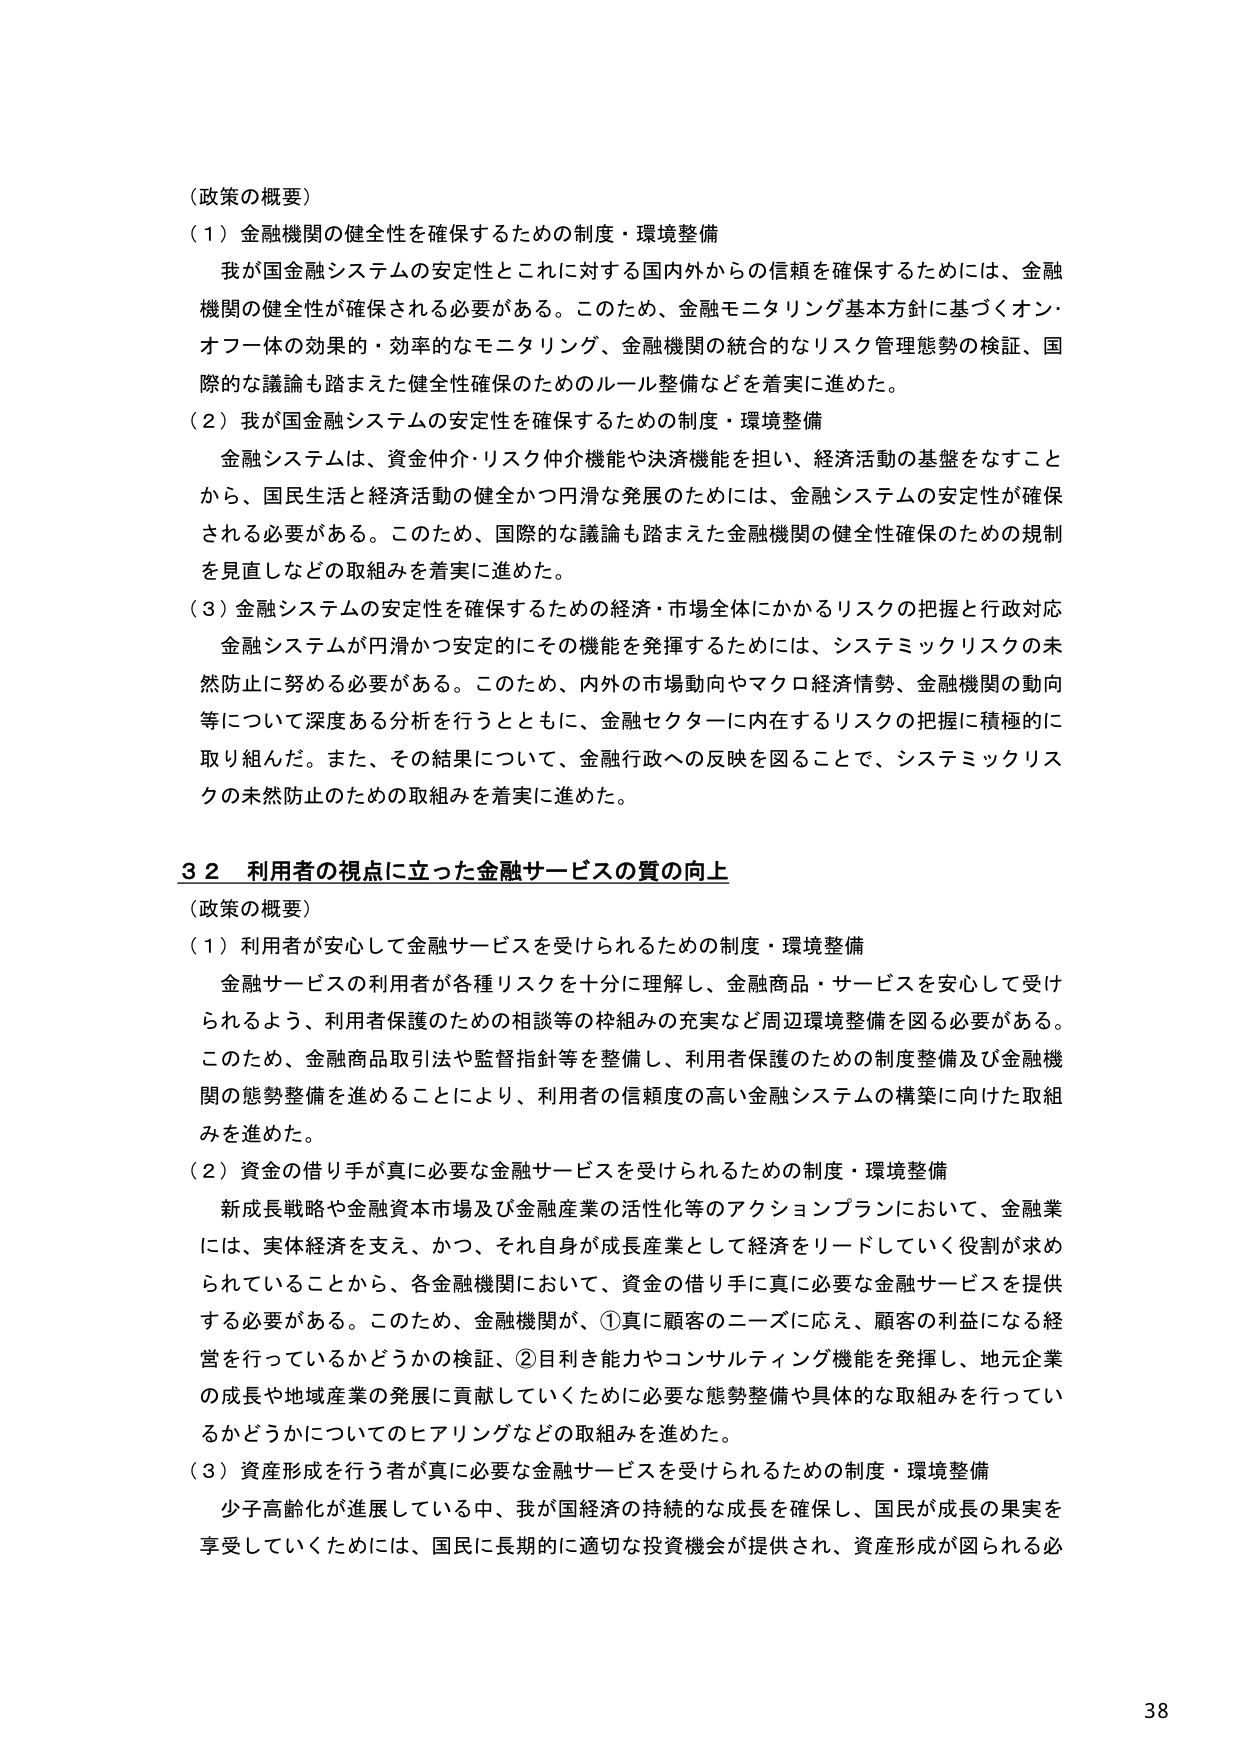
（政策の概要）
（１）金融機関の健全性を確保するための制度・環境整備
我が国金融システムの安定性とこれに対する国内外からの信頼を確保するためには、金融機関の健全性が確保される必要がある。このため、金融モニタリング基本方針に基づくオン・オフ一体の効果的・効率的なモニタリング、金融機関の統合的なリスク管理態勢の検証、国際的な議論も踏まえた健全性確保のためのルール整備などを着実に進めた。
（２）我が国金融システムの安定性を確保するための制度・環境整備
金融システムは、資金仲介・リスク仲介機能や決済機能を担い、経済活動の基盤をなすことから、国民生活と経済活動の健全かつ円滑な発展のためには、金融システムの安定性が確保される必要がある。このため、国際的な議論も踏まえた金融機関の健全性確保のための規制を見直しなどの取組みを着実に進めた。
（３）金融システムの安定性を確保するための経済・市場全体にかかるリスクの把握と行政対応
金融システムが円滑かつ安定的にその機能を発揮するためには、システミックリスクの未然防止に努める必要がある。このため、内外の市場動向やマクロ経済情勢、金融機関の動向等について深度ある分析を行うとともに、金融セクターに内在するリスクの把握に積極的に取り組んだ。また、その結果について、金融行政への反映を図ることで、システミックリスクの未然防止のための取組みを着実に進めた。

３２ 利用者の視点に立った金融サービスの質の向上
（政策の概要）
（１）利用者が安心して金融サービスを受けられるための制度・環境整備
金融サービスの利用者が各種リスクを十分に理解し、金融商品・サービスを安心して受けられるよう、利用者保護のための相談等の枠組みの充実など周辺環境整備を図る必要がある。このため、金融商品取引法や監督指針等を整備し、利用者保護のための制度整備及び金融機関の態勢整備を進めることにより、利用者の信頼度の高い金融システムの構築に向けた取組みを進めた。
（２）資金の借り手が真に必要な金融サービスを受けられるための制度・環境整備
新成長戦略や金融資本市場及び金融産業の活性化等のアクションプランにおいて、金融業には、実体経済を支え、かつ、それ自身が成長産業として経済をリードしていく役割が求められていることから、各金融機関において、資金の借り手に真に必要な金融サービスを提供する必要がある。このため、金融機関が、①真に顧客のニーズに応え、顧客の利益になる経営を行っているかどうかの検証、②目利き能力やコンサルティング機能を発揮し、地元企業の成長や地域産業の発展に貢献していくために必要な態勢整備や具体的な取組みを行っているかどうかについてのヒアリングなどの取組みを進めた。
（３）資産形成を行う者が真に必要な金融サービスを受けられるための制度・環境整備
少子高齢化が進展している中、我が国経済の持続的な成長を確保し、国民が成長の果実を享受していくためには、国民に長期的に適切な投資機会が提供され、資産形成が図られる必

38